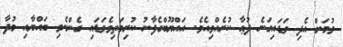
ވުމަށް އެދި ވަޑައިގަނެ ދުޢާ ކުރެއްވިއެވެ. އައްޔޫބްގެފާނު ކުރިމަތިވެވަޑައި ގެންނެވި ބައްޔާއި މުދާ